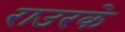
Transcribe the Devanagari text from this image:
राउरके